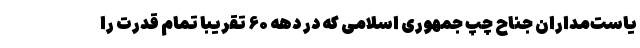
یاست‌مداران جناح چپ جمهوری اسلامی که در دهه ۶۰ تقریبا تمام قدرت را